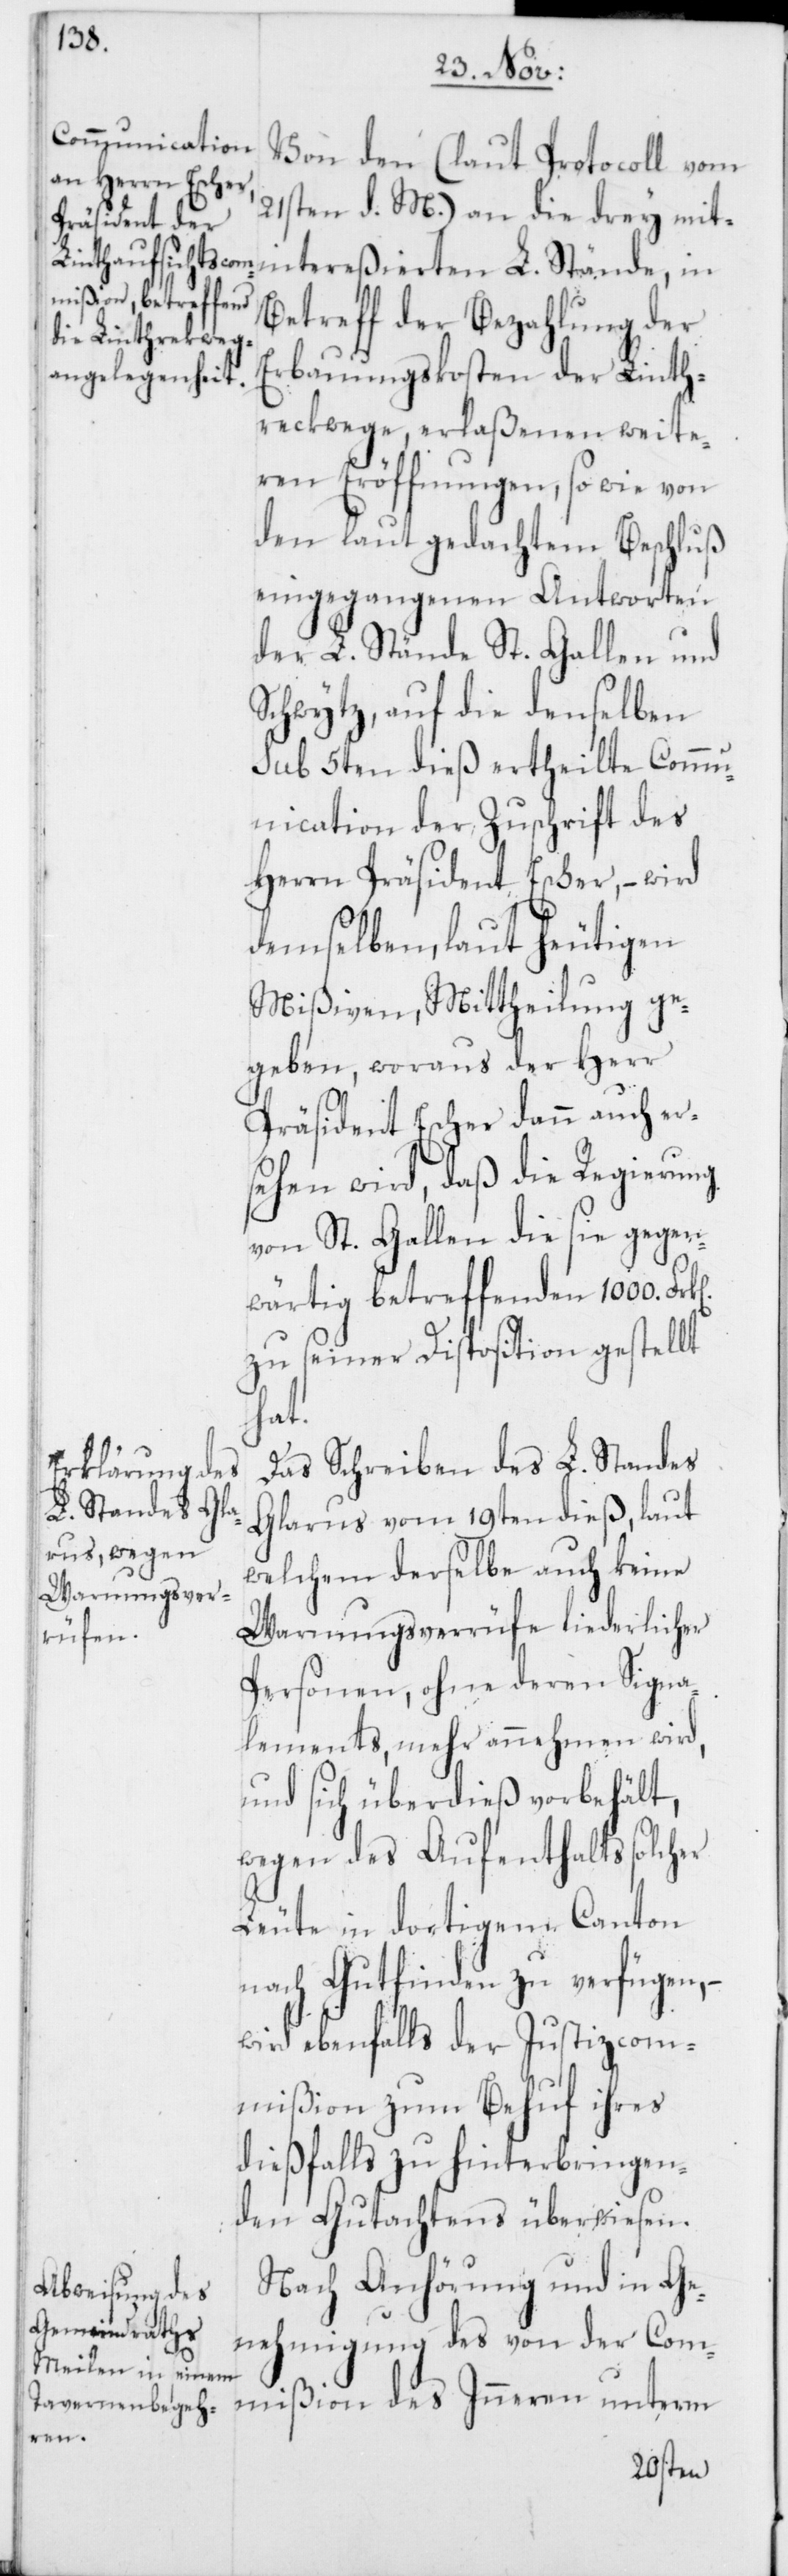
Von den (laut Protocoll vom
21sten d. M.) an die drey mit¬
intereßierten L. Stände, in
Betreff der Bezahlung der
Erbauungskosten der Linth¬
reckwege, erlaßenen weite¬
ren Eröffnungen, so wie von
den laut gedachtem Beschluß
eingegangenen Antworten
der L. Stände St. Gallen und
Schwytz, auf die denselben
sub 5ten dieß ertheilte Comm¬
unication der Zuschrift des
Herrn Präsident Escher, – wird
demselben, laut heutigen
Mißiven, Mittheilung ge¬
geben, woraus der Herr
Präsident Escher dann auch er¬
sehen wird, daß die Regierung
von St. Gallen die sie gegen¬
wärtig betreffenden 1000.
zu seiner Disposition gestellt
hat.
Das Schreiben des L. Standes
Glarus vom 19ten dieß, laut
welchem derselbe auch keine
Warnungsverrüfe liederlicher
Personen, ohne deren Signa¬
lements mehr annehmen wird,
und sich überdieß vorbehält,
wegen des Aufenthalts solcher
Leute in dortigem Canton
nach Gutfinden zu verfügen, –
wird ebenfalls der Justizcom¬
mißion zum Behuf ihres
dießfalls zu hinterbringen¬
den Gutachtens überwiesen.
Nach Anhörung und in Ge¬
nehmigung des von der Com¬
mißion des Inneren unterm